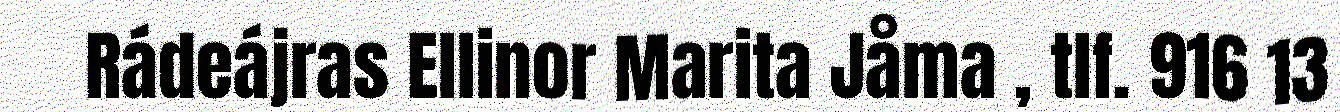
Rádeájras Ellinor Marita Jåma , tlf. 916 13